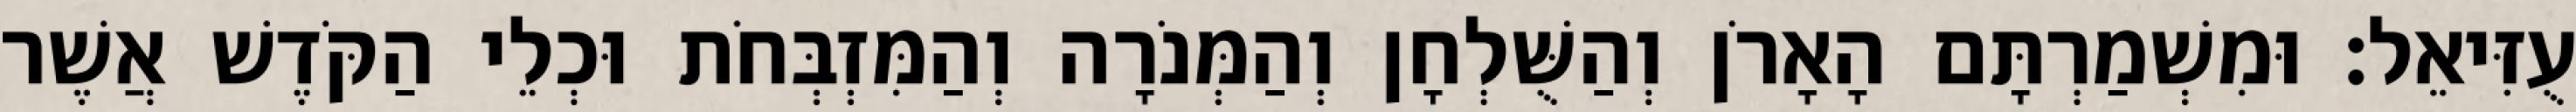
עֻזִּיאֵל׃ וּמִשְׁמַרְתָּם הָאָרֹן וְהַשֻּׁלְחָן וְהַמְּנֹרָה וְהַמִּזְבְּחֹת וּכְלֵי הַקֹּדֶשׁ אֲשֶׁר